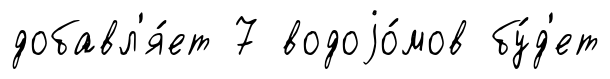
добавл'я́ет 7 водоjо́мов бу́д'ет